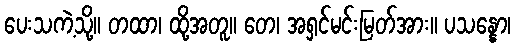
ပေးသကဲ့သို့။ တထာ၊ ထို့အတူ။ တေ၊ အရှင်မင်းမြတ်အား။ ပသန္နော၊